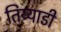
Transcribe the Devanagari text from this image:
तिय्याडी